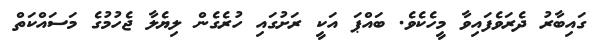
ގައިބާރު ދެރަވެފައިވާ މީހެކެވެ. ބައްޕަ އަކީ ރަށުގައި ހުރެގެން ލިޔެލާ ޖެހުމުގެ މަސައްކަތް